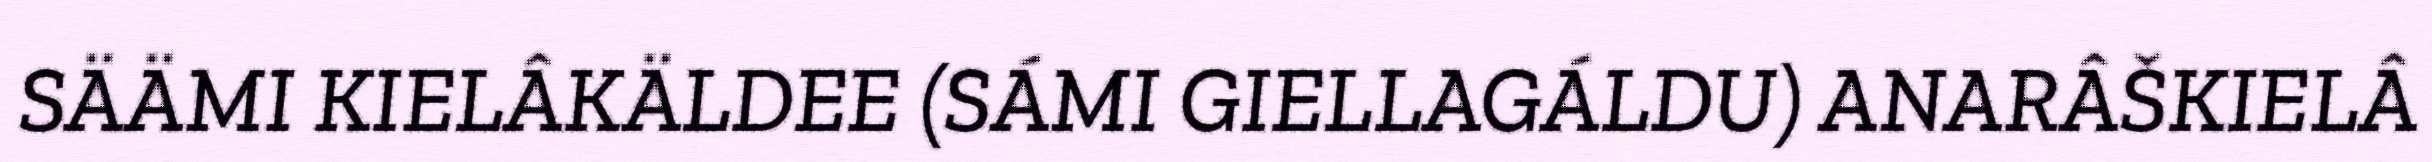
SÄÄMI KIELÂKÄLDEE (SÁMI GIELLAGÁLDU) ANARÂŠKIELÂ